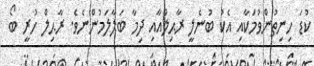
ކުޑަ ހިނިތުންވުމަކާއި އެކު ބުނެލީ ރާޙިލްއާއި ދިމާ ބަލާލަމުންނެވެ. ރާޙިލް ހުރީ ބޯ